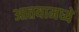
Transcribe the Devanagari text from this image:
आतयामध्ये